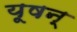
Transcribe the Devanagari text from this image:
यूषन्